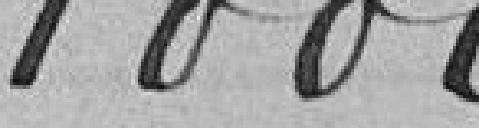
1 000 francs